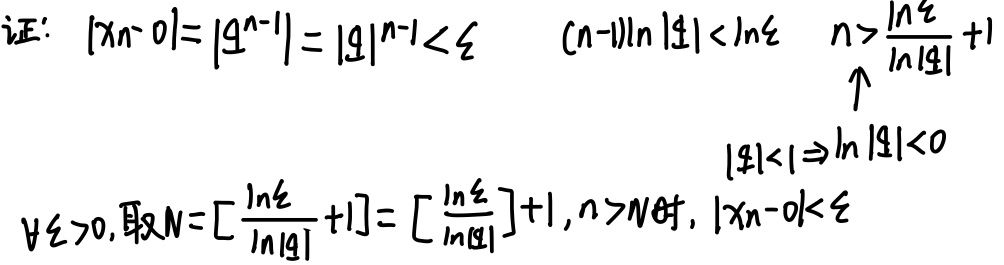
证：
\[
\begin{align*}
\vert x_n - 0\vert&=\vert q^{n - 1}\vert = \vert q\vert^{n - 1}<\xi\\
(n - 1)\ln\vert q\vert&<\ln\xi\\
n&>\frac{\ln\xi}{\ln\vert q\vert}+1
\end{align*}
\]
\(\uparrow\)
因为\(\vert q\vert<1\Rightarrow\ln\vert q\vert<0\)。

\(\forall\xi>0\)，取\(N=\left[\frac{\ln\xi}{\ln\vert q\vert}+1\right]=\left[\frac{\ln\xi}{\ln\vert q\vert}\right]+1\)，当\(n > N\)时，\(\vert x_n - 0\vert<\xi\)。